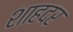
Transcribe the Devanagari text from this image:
शाहदर